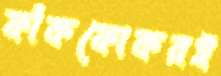
ফাঁকফোকরই